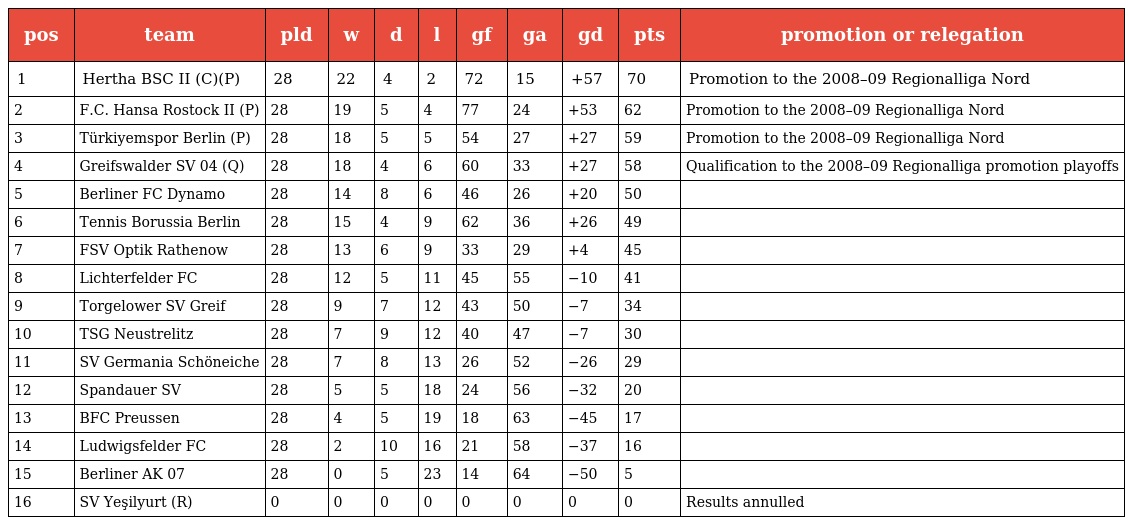
| pos | team | pld | w | d | l | gf | ga | gd | pts | promotion or relegation |
 | --- | --- | --- | --- | --- | --- | --- | --- | --- | --- | --- |
 | 1 | Hertha BSC II (C)(P) | 28 | 22 | 4 | 2 | 72 | 15 | +57 | 70 | Promotion to the 2008–09 Regionalliga Nord |
 | 2 | F.C. Hansa Rostock II (P) | 28 | 19 | 5 | 4 | 77 | 24 | +53 | 62 | Promotion to the 2008–09 Regionalliga Nord |
 | 3 | Türkiyemspor Berlin (P) | 28 | 18 | 5 | 5 | 54 | 27 | +27 | 59 | Promotion to the 2008–09 Regionalliga Nord |
 | 4 | Greifswalder SV 04 (Q) | 28 | 18 | 4 | 6 | 60 | 33 | +27 | 58 | Qualification to the 2008–09 Regionalliga promotion playoffs |
 | 5 | Berliner FC Dynamo | 28 | 14 | 8 | 6 | 46 | 26 | +20 | 50 |  |
 | 6 | Tennis Borussia Berlin | 28 | 15 | 4 | 9 | 62 | 36 | +26 | 49 |  |
 | 7 | FSV Optik Rathenow | 28 | 13 | 6 | 9 | 33 | 29 | +4 | 45 |  |
 | 8 | Lichterfelder FC | 28 | 12 | 5 | 11 | 45 | 55 | −10 | 41 |  |
 | 9 | Torgelower SV Greif | 28 | 9 | 7 | 12 | 43 | 50 | −7 | 34 |  |
 | 10 | TSG Neustrelitz | 28 | 7 | 9 | 12 | 40 | 47 | −7 | 30 |  |
 | 11 | SV Germania Schöneiche | 28 | 7 | 8 | 13 | 26 | 52 | −26 | 29 |  |
 | 12 | Spandauer SV | 28 | 5 | 5 | 18 | 24 | 56 | −32 | 20 |  |
 | 13 | BFC Preussen | 28 | 4 | 5 | 19 | 18 | 63 | −45 | 17 |  |
 | 14 | Ludwigsfelder FC | 28 | 2 | 10 | 16 | 21 | 58 | −37 | 16 |  |
 | 15 | Berliner AK 07 | 28 | 0 | 5 | 23 | 14 | 64 | −50 | 5 |  |
 | 16 | SV Yeşilyurt (R) | 0 | 0 | 0 | 0 | 0 | 0 | 0 | 0 | Results annulled |